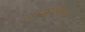
વાજબીપણા